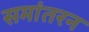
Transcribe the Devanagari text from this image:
समांतरन